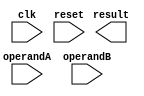
module SinglePrecisionFPU (
    input wire clk,
    input wire reset,
    
    // Input operands
    input wire [31:0] operandA,
    input wire [31:0] operandB,
    
    // Output result
    output reg [31:0] result
);

// Register declarations
reg [31:0] operandA_reg;
reg [31:0] operandB_reg;
reg [31:0] result_reg;

// Control logic
always @(posedge clk or posedge reset) begin
    if (reset) begin
        operandA_reg <= 32'h0;
        operandB_reg <= 32'h0;
        result_reg <= 32'h0;
    end else begin
        operandA_reg <= operandA;
        operandB_reg <= operandB;
        
        // Perform arithmetic operations here
        
        // Store result in result register
        result_reg <= result;
    end
end

// Your arithmetic operation modules go here

endmodule